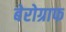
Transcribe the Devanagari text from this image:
बेरोग्राफ